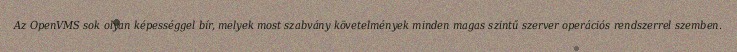
Az OpenVMS sok olyan képességgel bír, melyek most szabvány követelmények minden magas szintű szerver operációs rendszerrel szemben.